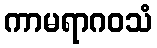
ကာမရာဂဝသံ